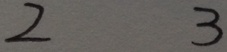
2 3